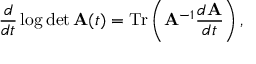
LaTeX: \frac d { d t } \log \operatorname * { d e t } { \bf A } ( t ) = \mathrm { T } \mathrm { r } \left( { \bf A } ^ { - 1 } \frac { d { \bf A } } { d t } \right) ,